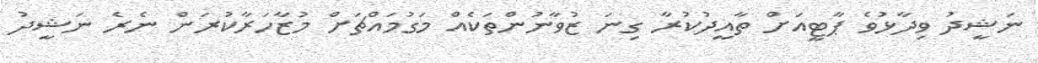
ނަޝީދު ވިދާޅުވެ ޕާޓީއަށް ތާއީދުކުރާ ގިނަ ޒުވާނުންތަކެއް މަގުމައްޗަށް މުޒާހަރާކުރަން ނެރެ ނަޝީދު